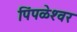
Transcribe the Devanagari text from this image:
पिंपळेश्‍वर